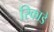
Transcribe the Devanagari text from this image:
रिकाडे